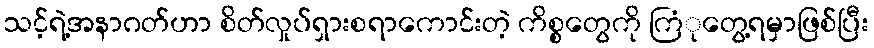
သင့်ရဲ့အနာဂတ်ဟာ စိတ်လှုပ်ရှားစရာကောင်းတဲ့ ကိစ္စတွေကို ကြံုတွေ့ရမှာဖြစ်ပြီး